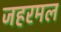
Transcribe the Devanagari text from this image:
जहरमल